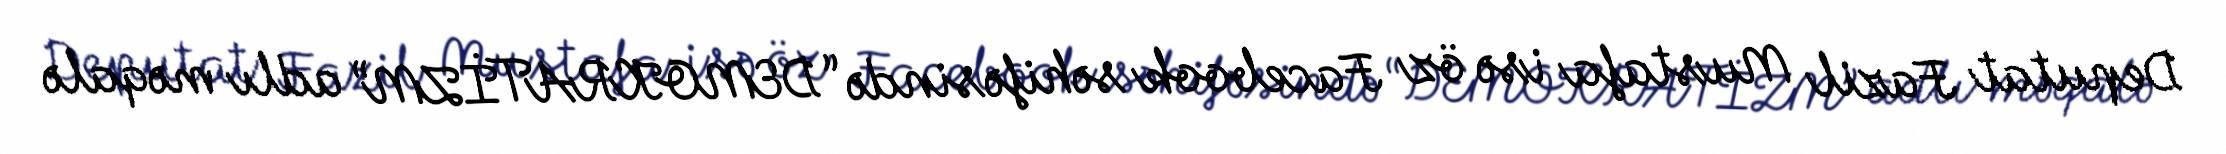
Deputat Fazil Mustafa isə öz Facebook səhifəsində “DEMOKRATİZM” adlı məqalə